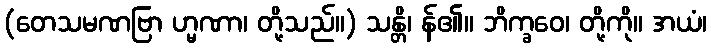
(တေသမဏဗြာ ဟ္မဏာ၊ တို့သည်။) သန္တိ၊ န်၏။ ဘိက္ခဝေ၊ တို့ကို။ အယံ၊